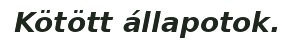
Kötött állapotok.